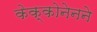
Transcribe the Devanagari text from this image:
केक्कोनेनने